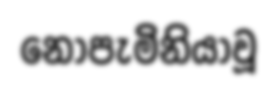
නොපැමිනියාවූ